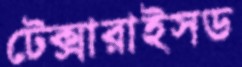
টেক্সারাইসড